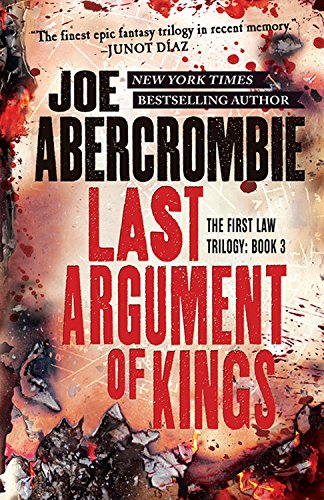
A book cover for Last Argument of Kings (The First Law); Joe Abercrombie; Science Fiction & Fantasy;